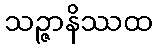
သဉ္ဇာနိဿထ